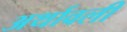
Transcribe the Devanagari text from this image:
अर्थावली